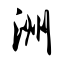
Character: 洲